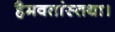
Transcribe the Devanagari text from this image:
हैमवतांस्तथा।